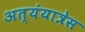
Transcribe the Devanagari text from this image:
अत्यंयात्रेस